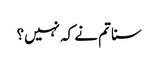
سنا تم نے کہ نہیں؟